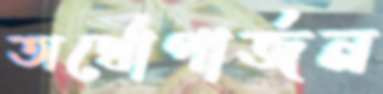
অর্থোপার্জন